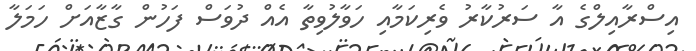
އިސްރާއިލްގެ އާ ސަރުކާރު ވެރިކަމާއި ހަވާލުވިތާ އެއް ދުވަސް ފަހުން ގާޒާއަށް ހަމަލާ